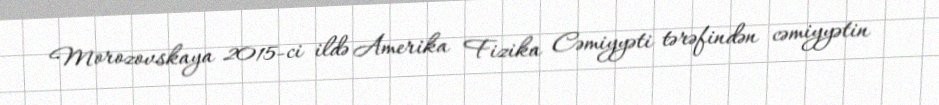
Morozovskaya 2015-ci ildə Amerika Fizika Cəmiyyəti tərəfindən cəmiyyətin